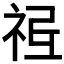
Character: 𥙥